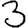
Digit: 3